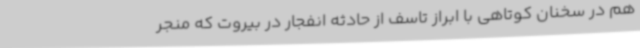
هم در سخنان کوتاهی با ابراز تاسف از حادثه انفجار در بیروت که منجر